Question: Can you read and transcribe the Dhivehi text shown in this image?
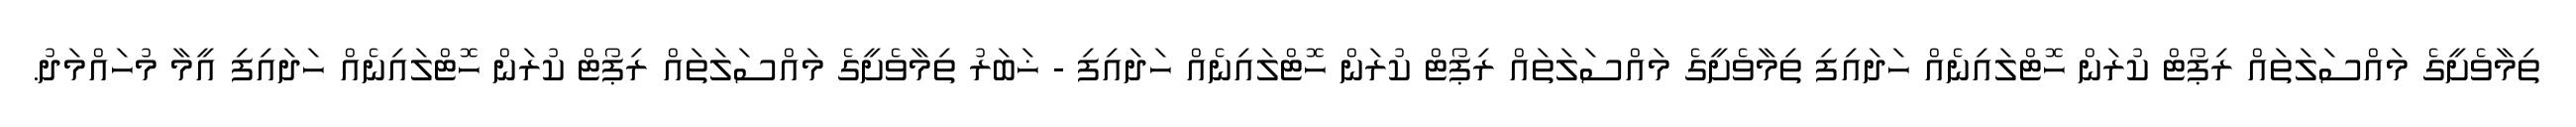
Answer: ތިމާވެށީގެ މައްސަލަތައް ރިޕޯޓް ކުރަން ހޮޓްލައިނެއް ހަދައިފި ތިމާވެށީގެ މައްސަލަތައް ރިޕޯޓް ކުރަން ހޮޓްލައިނެއް ހަދައިފި - ޚަބަރު ތިމާވެށީގެ މައްސަލަތައް ރިޕޯޓް ކުރަން ހޮޓްލައިނެއް ހަދައިފި އީމާ މުހައްމަދު.